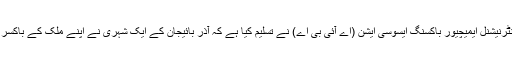
اولمپکس کے باکسنگ مقابلوں کی تنظیم انٹرنیشنل ایمیچیور باکسنگ ایسوسی ایشن (اے آئی بی اے) نے تسلیم کیا ہے کہ آذر بائیجان کے ایک شہری نے اپنے ملک کے باکسر کے ایک حریف کو نو ملین ڈالر دیے ہیں۔